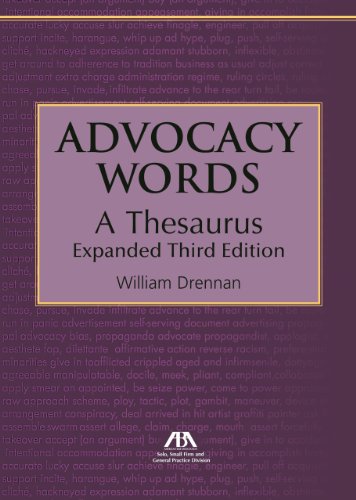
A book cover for Advocacy Words, A Thesaurus; William Drennan; Law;